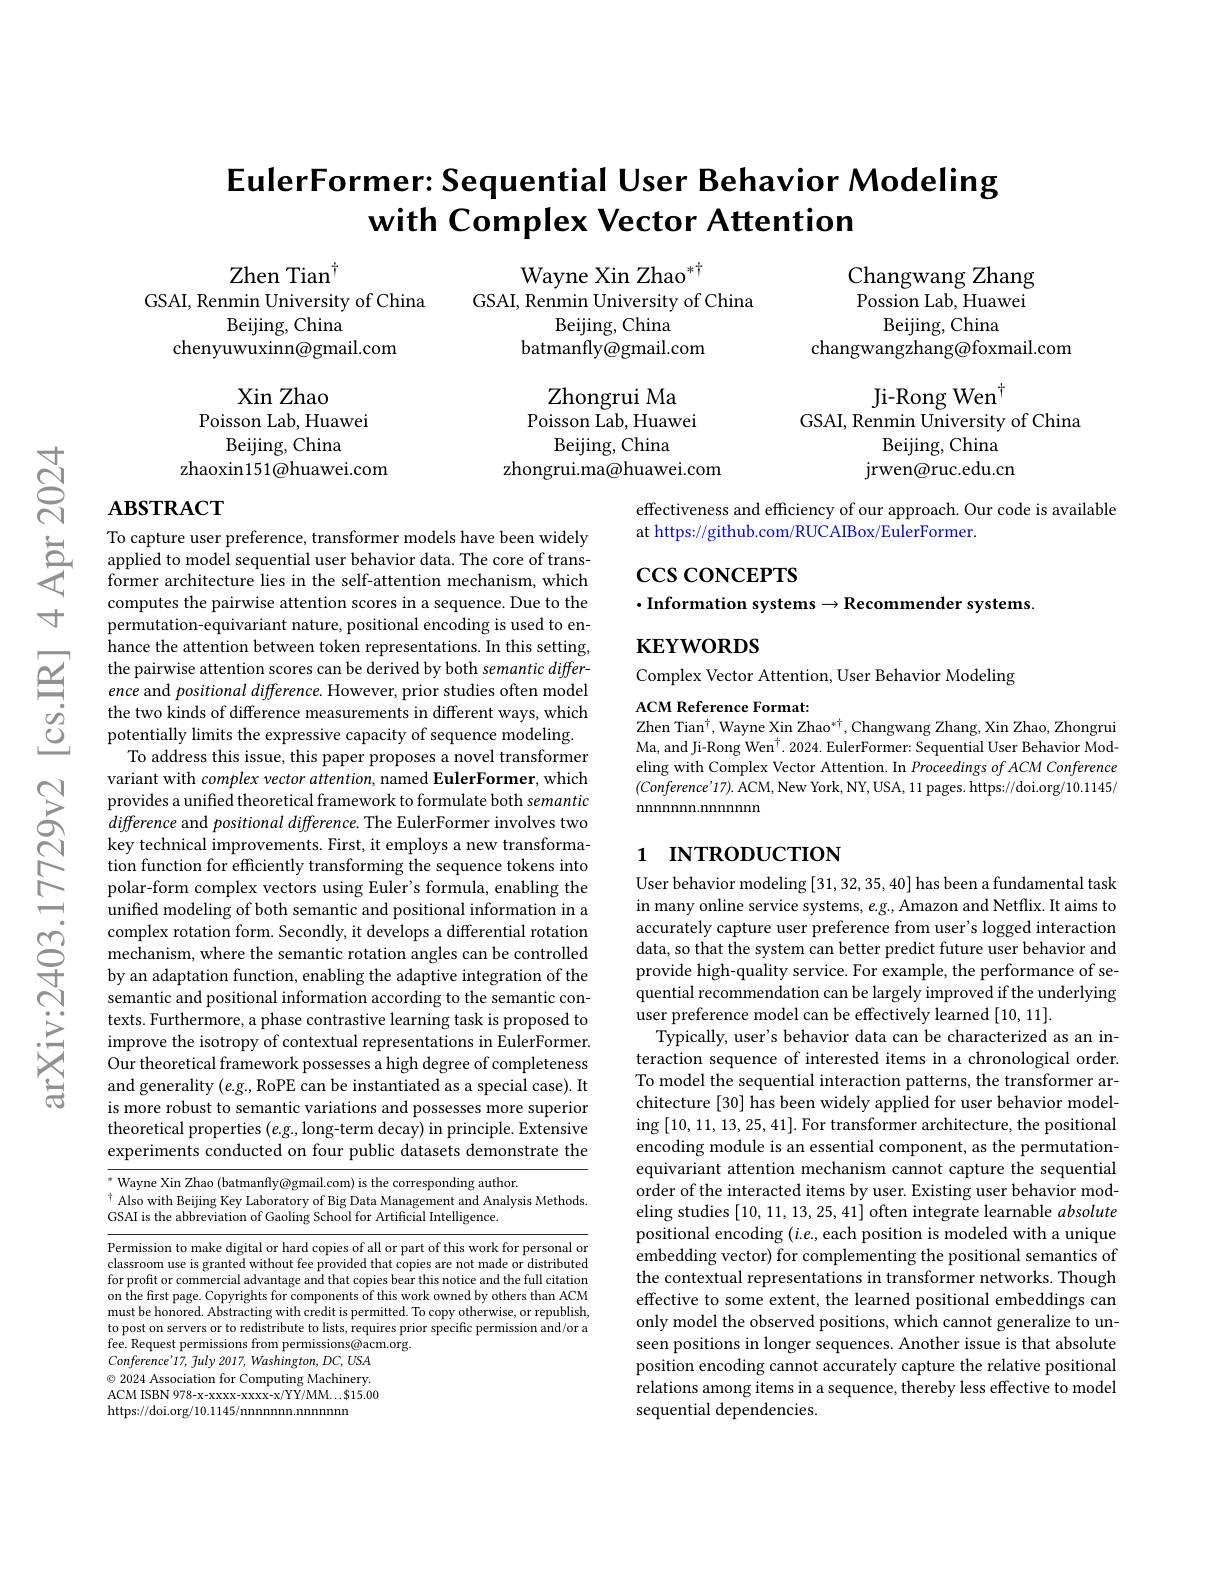
寸

$હું$

# EulerFormer: Sequential User Behavior Modeling with Complex Vector Attention

Zhen Tian$^{\dagger}$

GSAI, Renmin University of China

Wayne Xin Zhao$^{*\dagger}$
GSAI, Renmin University of China
Beijing, China
batmanfly@gmail.com

Changwang Zhang Possion Lab, Huawei
Beijing, China
changwangzhang@foxmail.com

Beijing, China

chenyuwuxinn@gmail.com

Zhongrui Ma
Poisson Lab, Huawei
Beijing, China
zhongrui.ma@huawei.com

Ji-Rong Wen$^{\dagger}$
GSAI, Renmin University of China
Beijing, China
${\mathrm{jrwen@ruc.edu.cn}}$

Xin Zhao
Poisson Lab, Huawei
Beijing, China
zhaoxin151@huawei.com

## $\mathbf{ABSTRACT}$

effectiveness and efficiency of our approach. Our code is available
at https://github.com/RUCAIBox/EulerFormer.

$\csc\cos$coNCEPTS

$\cdot$Information systems$\to$Recommender systems.

$\mathbf{KEYWORDS}$

Complex Vector Attention, User Behavior Modeling

ACM Reference Format:
Zhen Tian$^\dagger$,Wayne Xin Zhao$^*\dagger$,Changwang Zhang, Xin Zhao, Zhongrui Ma, and Ji-Rong Wen$^\dagger$. 2024. EulerFormer: Sequential User Behavior Modeling with Complex Vector Attention. In Proceedings of ACM Conference $$(Conference'17).$ ACM, New York, NY, USA, 11 pages. https://doi.org/10.1145/$ ${\mathrm{nnnnnnn.nnnnnnnn}}$

To capture user preference, transformer models have been widely
$\begin{array}{ll}&\text{io capture user preterence, transformer models have been widely}\\&\text{applied to model sequential user behavior data. The core of trans-}\\&\text{former architecture lies in the self-attention mechanism, which}\end{array}$
computes the pairwise attention scores in a sequence. Due to the permutation-equivariant nature, positional encoding is used to enhance the attention between token representations. In this setting,
$\cong$ the pairwise attention scores can be derived by both semantic difference and positional difference. However, prior studies often model
the two kinds of difference measurements in different ways, which potentially limits the expressive capacity of sequence modeling. To address this issue, this paper proposes a novel transformer variant with complex vector attention, named EulerFormer, which provides a unified theoretical framework to formulate both semantic difference and positional difference. The EulerFormer involves two key technical improvements. First, it employs a new transformation function for efficiently transforming the sequence tokens into polar-form complex vectors using Euler's formula, enabling the unified modeling of both semantic and positional information in a complex rotation form. Secondly, it develops a differential rotation mechanism, where the semantic rotation angles can be controlled by an adaptation function, enabling the adaptive integration of the semantic and positional information according to the semantic contexts. Furthermore, a phase contrastive learning task is proposed to improve the isotropy of contextual representations in EulerFormer. Our theoretical framework possesses a high degree of completeness and generality $(e.g.$,RoPE can be instantiated as a special case). It is more robust to semantic variations and possesses more superior theoretical properties $(e.g.$,long-term decay) in principle. Extensive experiments conducted on four public datasets demonstrate the $^*$ Wayne Xin Zhao (batmanfly@gmail.com) is the corresponding author.

# 1 INTRODUCTION

User behavior modeling [31,32,35,40] has been a fundamental task in many online service systems, $e.g.$, Amazon and Netflix. It aims to accurately capture user preference from user's logged interaction data, so that the system can better predict future user behavior and provide high-quality service. For example, the performance of sequential recommendation can be largely improved if the underlying user preference model can be effectively learned [10,11].
Typically, user's behavior data can be characterized as an interaction sequence of interested items in a chronological order. To model the sequential interaction patterns, the transformer architecture [30] has been widely applied for user behavior modeling [10,11,13,25,41]. For transformer architecture, the positional encoding module is an essential component, as the permutationequivariant attention mechanism cannot capture the sequential order of the interacted items by user. Existing user behavior modeling studies [10, 11, 13, 25, 41] often integrate learnable absolute positional encoding $(i.e.$, each position is modeled with a unique embedding vector) for complementing the positional semantics of the contextual representations in transformer networks. Though effective to some extent, the learned positional embeddings can only model the observed positions, which cannot generalize to unseen positions in longer sequences. Another issue is that absolute position encoding cannot accurately capture the relative positional relations among items in a sequence, thereby less effective to model sequential dependencies.

$\uparrow$Also with Beijing Key Laboratory of Big Data Management and Analysis Methods. $CS\Lambda$Iic tho abbrariation of Cooling Sohool for Artifoiol Intolliconan
GSAI is the abbreviation of Gaoling School for Artificial Intelligence.

Permission to make digital or hard copies of all or part of this work for personal or classroom use is granted without fee provided that copies are not made or distributed for profit or commercial advantage and that copies bear this notice and the full citation on the first page. Copyrights for components of this work owned by others than ACM must be honored. Abstracting with credit is permitted. To copy otherwise, or republish, to post on servers or to redistribute to lists, requires prior specific permission and/or a fee. Request permissions from permissions@acm.org.
$Conference'17$, July 2017, Washington, DC, USA $\textcircled{\circ}$ 2024 Association for Computing Machinery. ACM ISBN 978-x-XXXX-xXXX-x/YY/MM...$15.00 https://doi.org/10.1145/nnnnnnn.nnnnnn